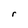
Character: r